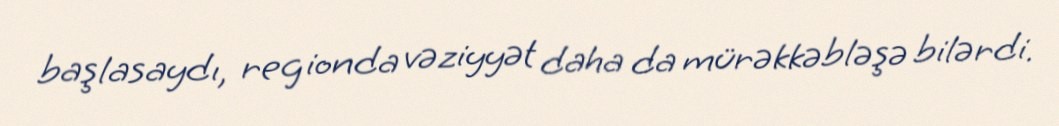
başlasaydı, regionda vəziyyət daha da mürəkkəbləşə bilərdi.